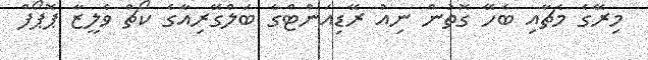
މިރޭގެ މެޗާއި ބެހޭ ގޮތުން ނިއު ރޭޑިއަންޓްގެ ބަލްގޭރިއާގެ ކޯޗް ވެލީޒާ ޕޮޕޯފް